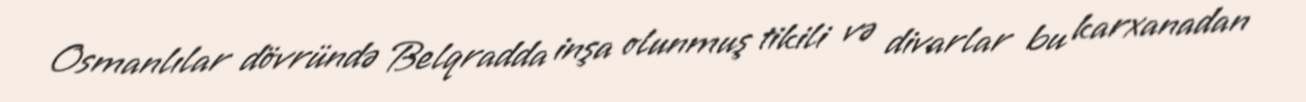
Osmanlılar dövründə Belqradda inşa olunmuş tikili və divarlar bu karxanadan